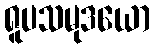
ရူပသမုဒယော